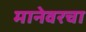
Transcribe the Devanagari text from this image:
मानेवरचा